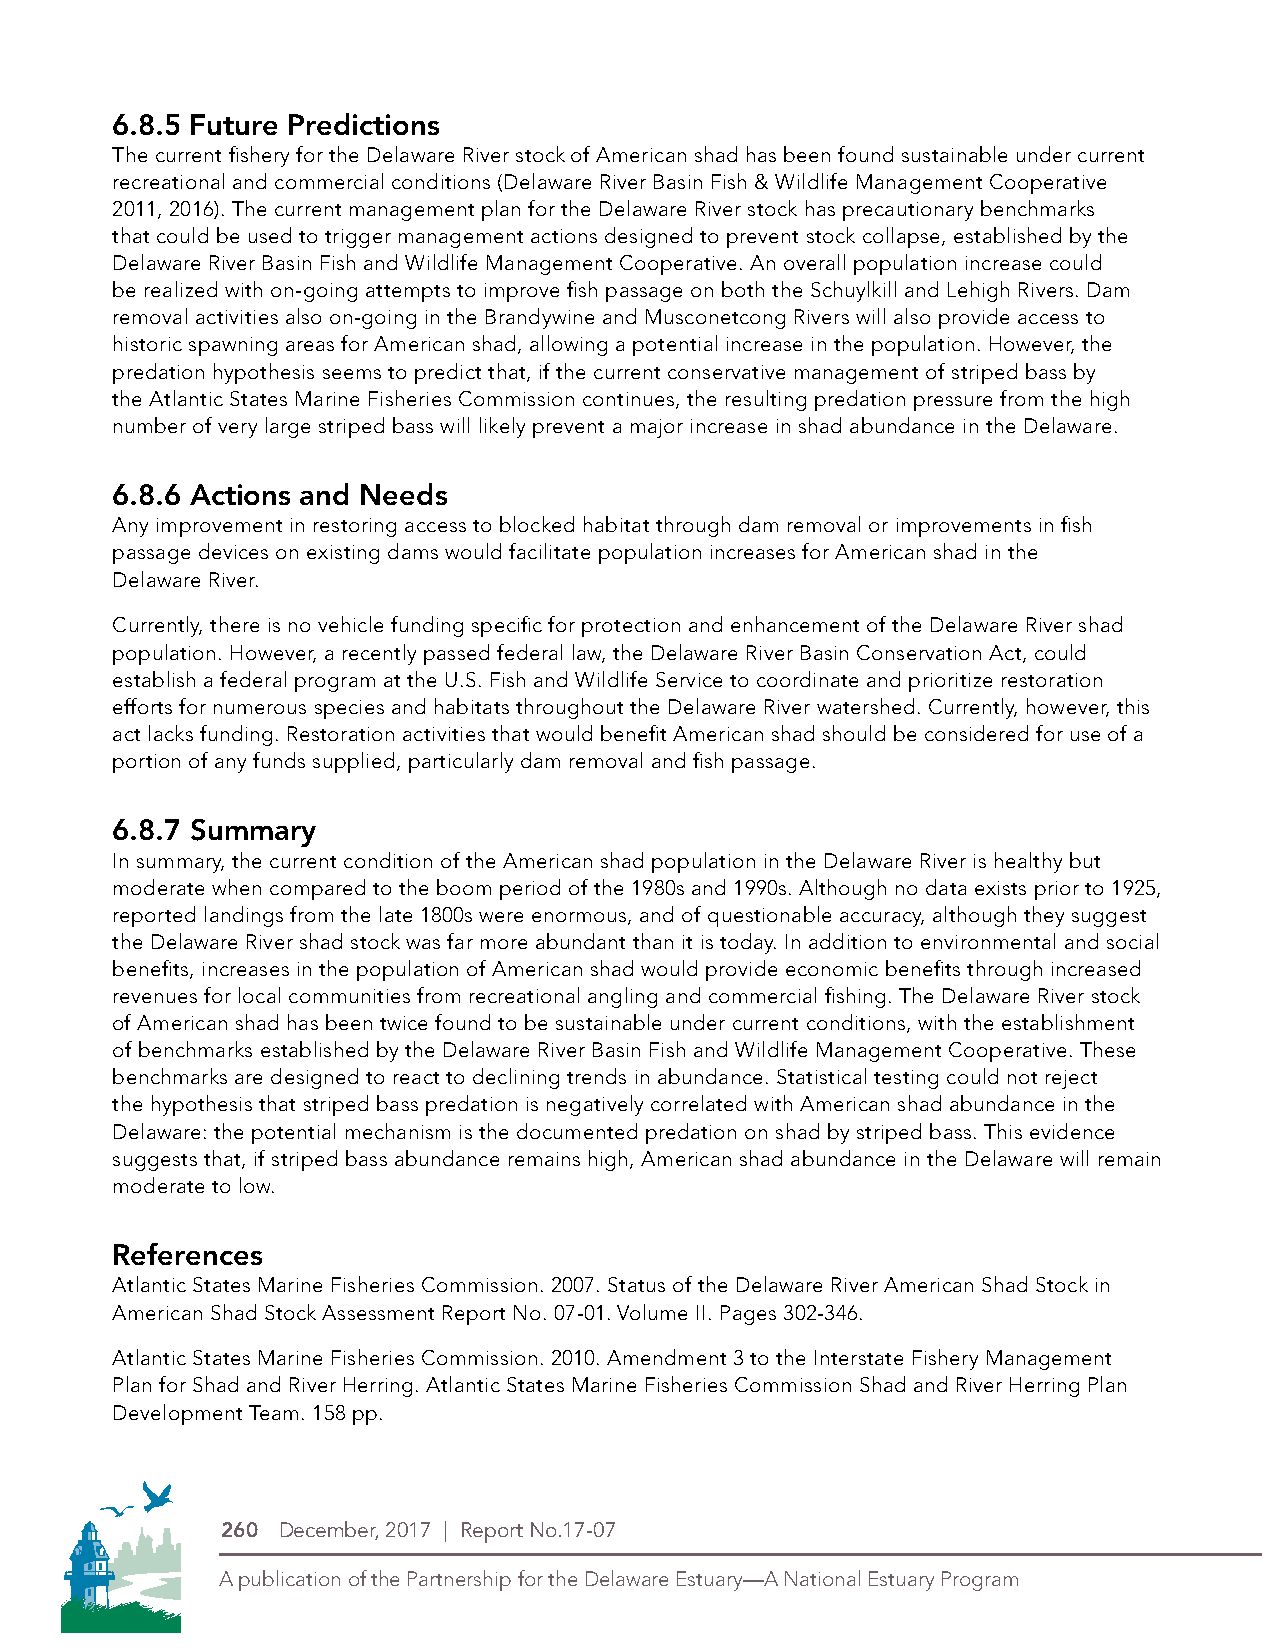
6.8.5 Future Predictions
 The current fishery for the Delaware River stock of American shad has been found sustainable under current
 recreational and commercial conditions (Delaware River Basin Fish & Wildlife Management Cooperative
 2011, 2016). The current management plan for the Delaware River stock has precautionary benchmarks
 that could be used to trigger management actions designed to prevent stock collapse, established by the
 Delaware River Basin Fish and Wildlife Management Cooperative. An overall population increase could
 be realized with on-going attempts to improve fish passage on both the Schuylkill and Lehigh Rivers. Dam
 removal activities also on-going in the Brandywine and Musconetcong Rivers will also provide access to
 historic spawning areas for American shad, allowing a potential increase in the population. However, the
 predation hypothesis seems to predict that, if the current conservative management of striped bass by
 the Atlantic States Marine Fisheries Commission continues, the resulting predation pressure from the high
 number of very large striped bass will likely prevent a major increase in shad abundance in the Delaware.
 6.8.6 Actions and Needs
 Any improvement in restoring access to blocked habitat through dam removal or improvements in fish
 passage devices on existing dams would facilitate population increases for American shad in the
 Delaware River.
 Currently, there is no vehicle funding specific for protection and enhancement of the Delaware River shad
 population. However, a recently passed federal law, the Delaware River Basin Conservation Act, could
 establish a federal program at the U.S. Fish and Wildlife Service to coordinate and prioritize restoration
 efforts for numerous species and habitats throughout the Delaware River watershed. Currently, however, this
 act lacks funding. Restoration activities that would benefit American shad should be considered for use of a
 portion of any funds supplied, particularly dam removal and fish passage.
 6.8.7 Summary
 In summary, the current condition of the American shad population in the Delaware River is healthy but
 moderate when compared to the boom period of the 1980s and 1990s. Although no data exists prior to 1925,
 reported landings from the late 1800s were enormous, and of questionable accuracy, although they suggest
 the Delaware River shad stock was far more abundant than it is today. In addition to environmental and social
 benefits, increases in the population of American shad would provide economic benefits through increased
 revenues for local communities from recreational angling and commercial fishing. The Delaware River stock
 of American shad has been twice found to be sustainable under current conditions, with the establishment
 of benchmarks established by the Delaware River Basin Fish and Wildlife Management Cooperative. These
 benchmarks are designed to react to declining trends in abundance. Statistical testing could not reject
 the hypothesis that striped bass predation is negatively correlated with American shad abundance in the
 Delaware: the potential mechanism is the documented predation on shad by striped bass. This evidence
 suggests that, if striped bass abundance remains high, American shad abundance in the Delaware will remain
 moderate to low.
 References
 Atlantic States Marine Fisheries Commission. 2007. Status of the Delaware River American Shad Stock in
 American Shad Stock Assessment Report No. 07-01. Volume II. Pages 302-346.
 Atlantic States Marine Fisheries Commission. 2010. Amendment 3 to the Interstate Fishery Management
 Plan for Shad and River Herring. Atlantic States Marine Fisheries Commission Shad and River Herring Plan
 DevelPoDpEm Leongto sT eina 4m-C.o 1lo5r8 P propce.ss (CMYK)
 THIS IS THE NEW LOGO
 260 December, 2017 | Report No.17-07
 A publication of the Partnership for the Delaware Estuary—A National Estuary Program
 Symbol Alone
 Logo with stacked type
 Type Alone